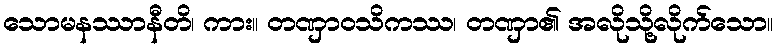
သောမနဿာနီတိ၊ ကား။ တဏှာဝသိကဿ၊ တဏှာ၏ အလိုသို့လိုက်သော။